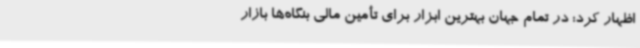
اظهار کرد: در تمام جهان بهترین ابزار برای تأمین مالی بنگاه‌ها بازار